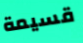
قسيمة